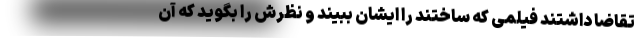
تقاضا داشتند فیلمی که ساختند را ایشان ببیند و نظرش را بگوید که آن